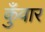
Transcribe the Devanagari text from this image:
कुँवार